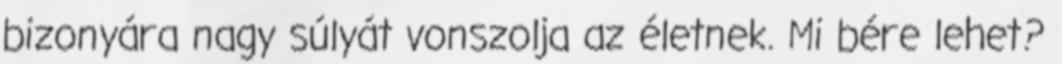
bizonyára nagy súlyát vonszolja az életnek. Mi bére lehet?